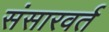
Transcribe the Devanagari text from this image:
संसारवर्त